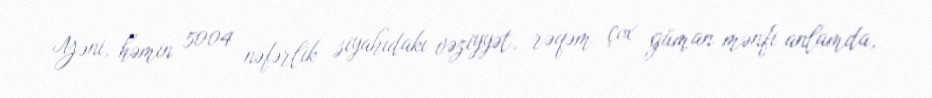
Yəni, həmin 5004 nəfərlik siyahıdakı vəziyyət, rəqəm çox güman mənfi anlamda,